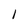
Character: I